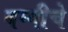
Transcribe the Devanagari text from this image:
बग्गीचे